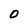
Character: 0